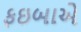
ફઇબાએ